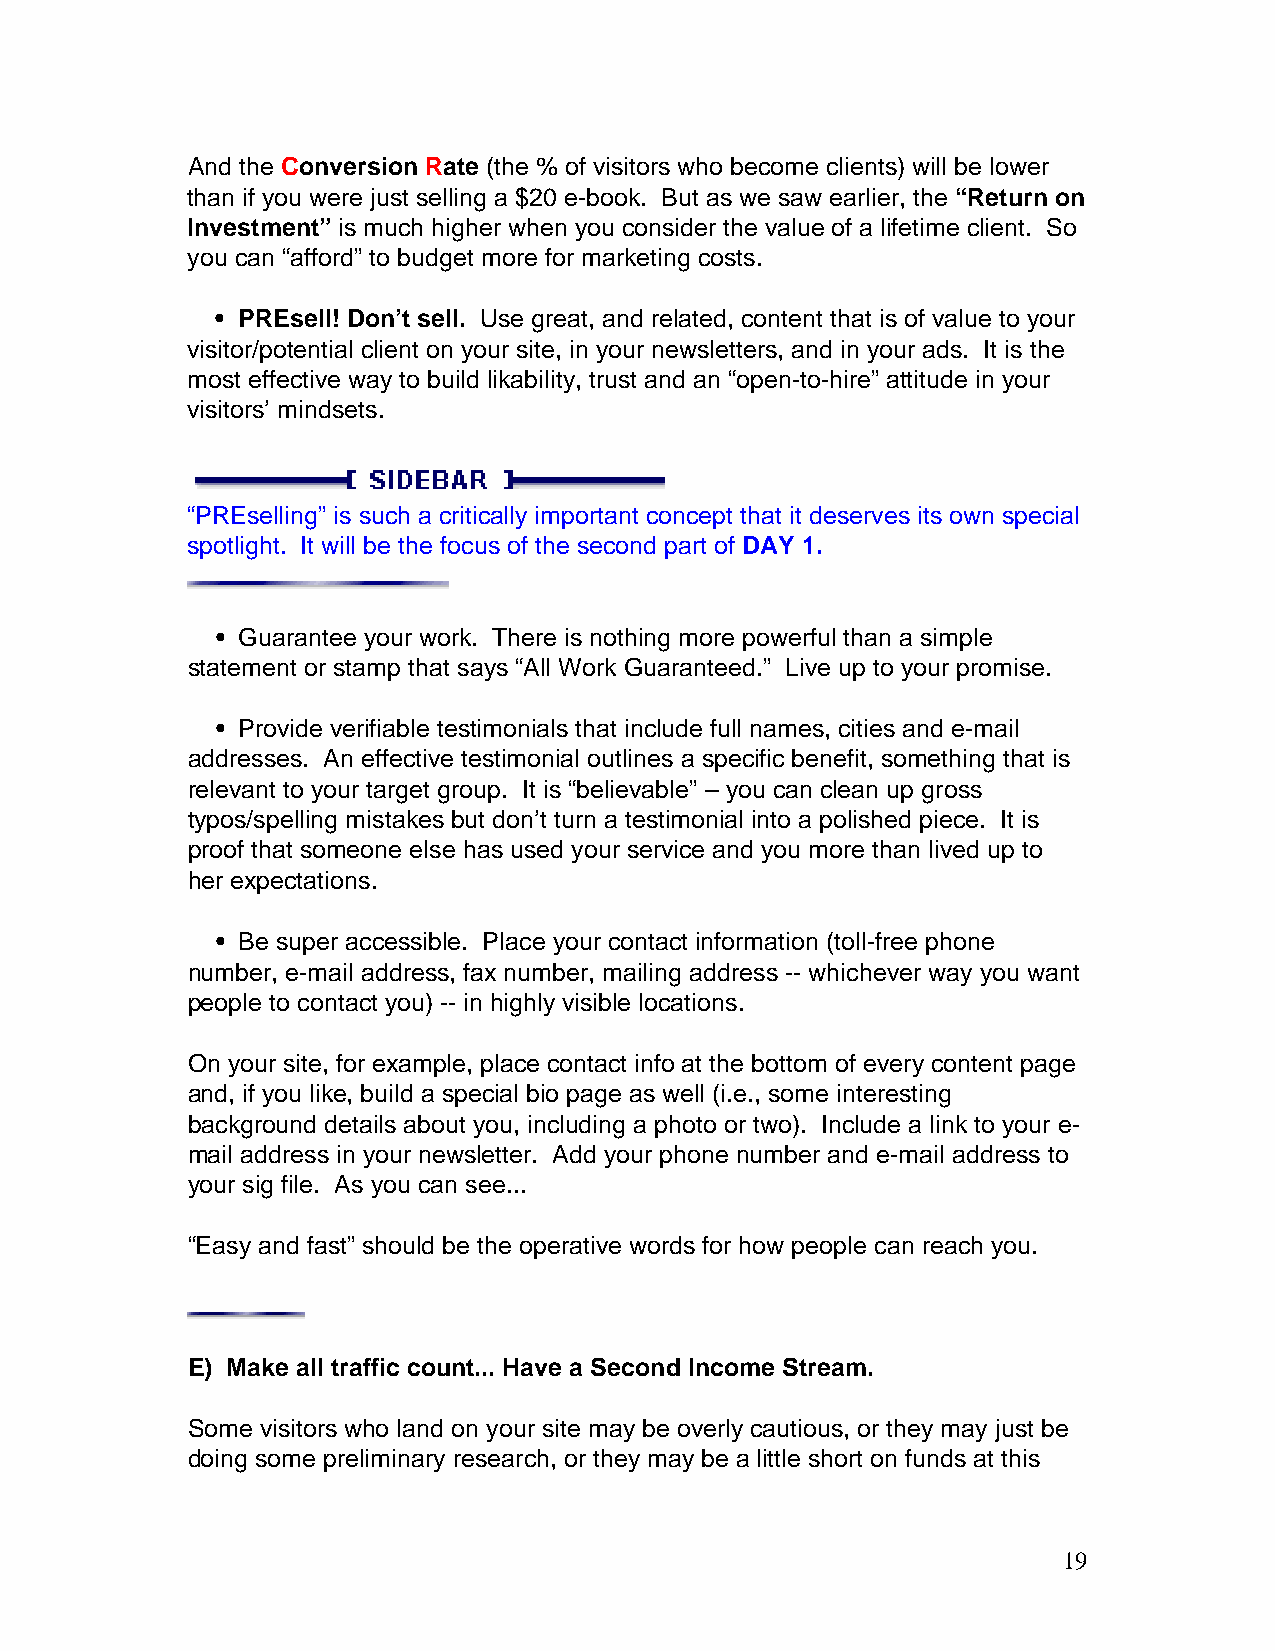
And the Conversion Rate (the % of visitors who become clients) will be lower
 than if you were just selling a $20 e-book. But as we saw earlier, the “Return on
 Investment” is much higher when you consider the value of a lifetime client. So
 you can “afford” to budget more for marketing costs.
 • PREsell! Don’t sell. Use great, and related, content that is of value to your
 visitor/potential client on your site, in your newsletters, and in your ads. It is the
 most effective way to build likability, trust and an “open-to-hire” attitude in your
 visitors’ mindsets.
 “PREselling” is such a critically important concept that it deserves its own special
 spotlight. It will be the focus of the second part of DAY 1.
 • Guarantee your work. There is nothing more powerful than a simple
 statement or stamp that says “All Work Guaranteed.” Live up to your promise.
 • Provide verifiable testimonials that include full names, cities and e-mail
 addresses. An effective testimonial outlines a specific benefit, something that is
 relevant to your target group. It is “believable” – you can clean up gross
 typos/spelling mistakes but don’t turn a testimonial into a polished piece. It is
 proof that someone else has used your service and you more than lived up to
 her expectations.
 • Be super accessible. Place your contact information (toll-free phone
 number, e-mail address, fax number, mailing address -- whichever way you want
 people to contact you) -- in highly visible locations.
 On your site, for example, place contact info at the bottom of every content page
 and, if you like, build a special bio page as well (i.e., some interesting
 background details about you, including a photo or two). Include a link to your e-
 mail address in your newsletter. Add your phone number and e-mail address to
 your sig file. As you can see...
 “Easy and fast” should be the operative words for how people can reach you.
 E) Make all traffic count... Have a Second Income Stream.
 Some visitors who land on your site may be overly cautious, or they may just be
 doing some preliminary research, or they may be a little short on funds at this
 19